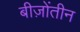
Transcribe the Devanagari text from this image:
बीज़ोंतीन